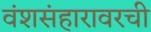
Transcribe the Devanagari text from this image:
वंशसंहारावरची